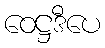
ဝေဋ္ဌဒီပေ